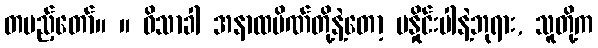
တပည့်တော်။ ။ ဝိသာခါ အနာထပိဏ်တို့နဲ့တော့ မနှိုင်းပါနဲ့ဘုရား, သူတို့က